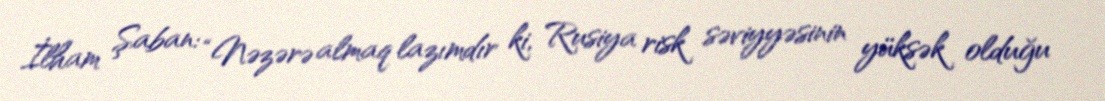
İlham Şaban: “Nəzərə almaq lazımdır ki, Rusiya risk səviyyəsinin yüksək olduğu